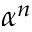
\alpha ^ { n }